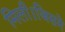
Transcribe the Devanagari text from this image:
मिली।जिसमे